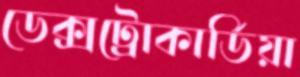
ডেক্সট্রোকার্ডিয়া